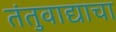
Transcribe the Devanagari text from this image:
तंतुवाद्याचा